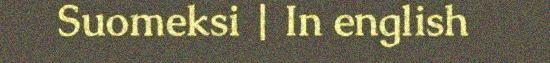
Suomeksi | In english